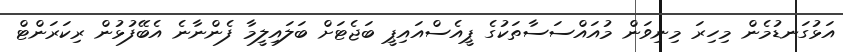
އަޅުގަނޑުމެން މިހިރަ މިނިވަން މުއައްސަސާތަކުގެ ޕީއެސްއައިޕީ ބަޖެޓަށް ބަލައިލީމާ ފެންނާނެ އެބޭފުޅުން ރިކަރަންޓް